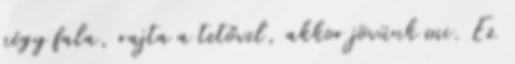
négy fala, rajta a tetővel, akkor jövünk mi. Ez